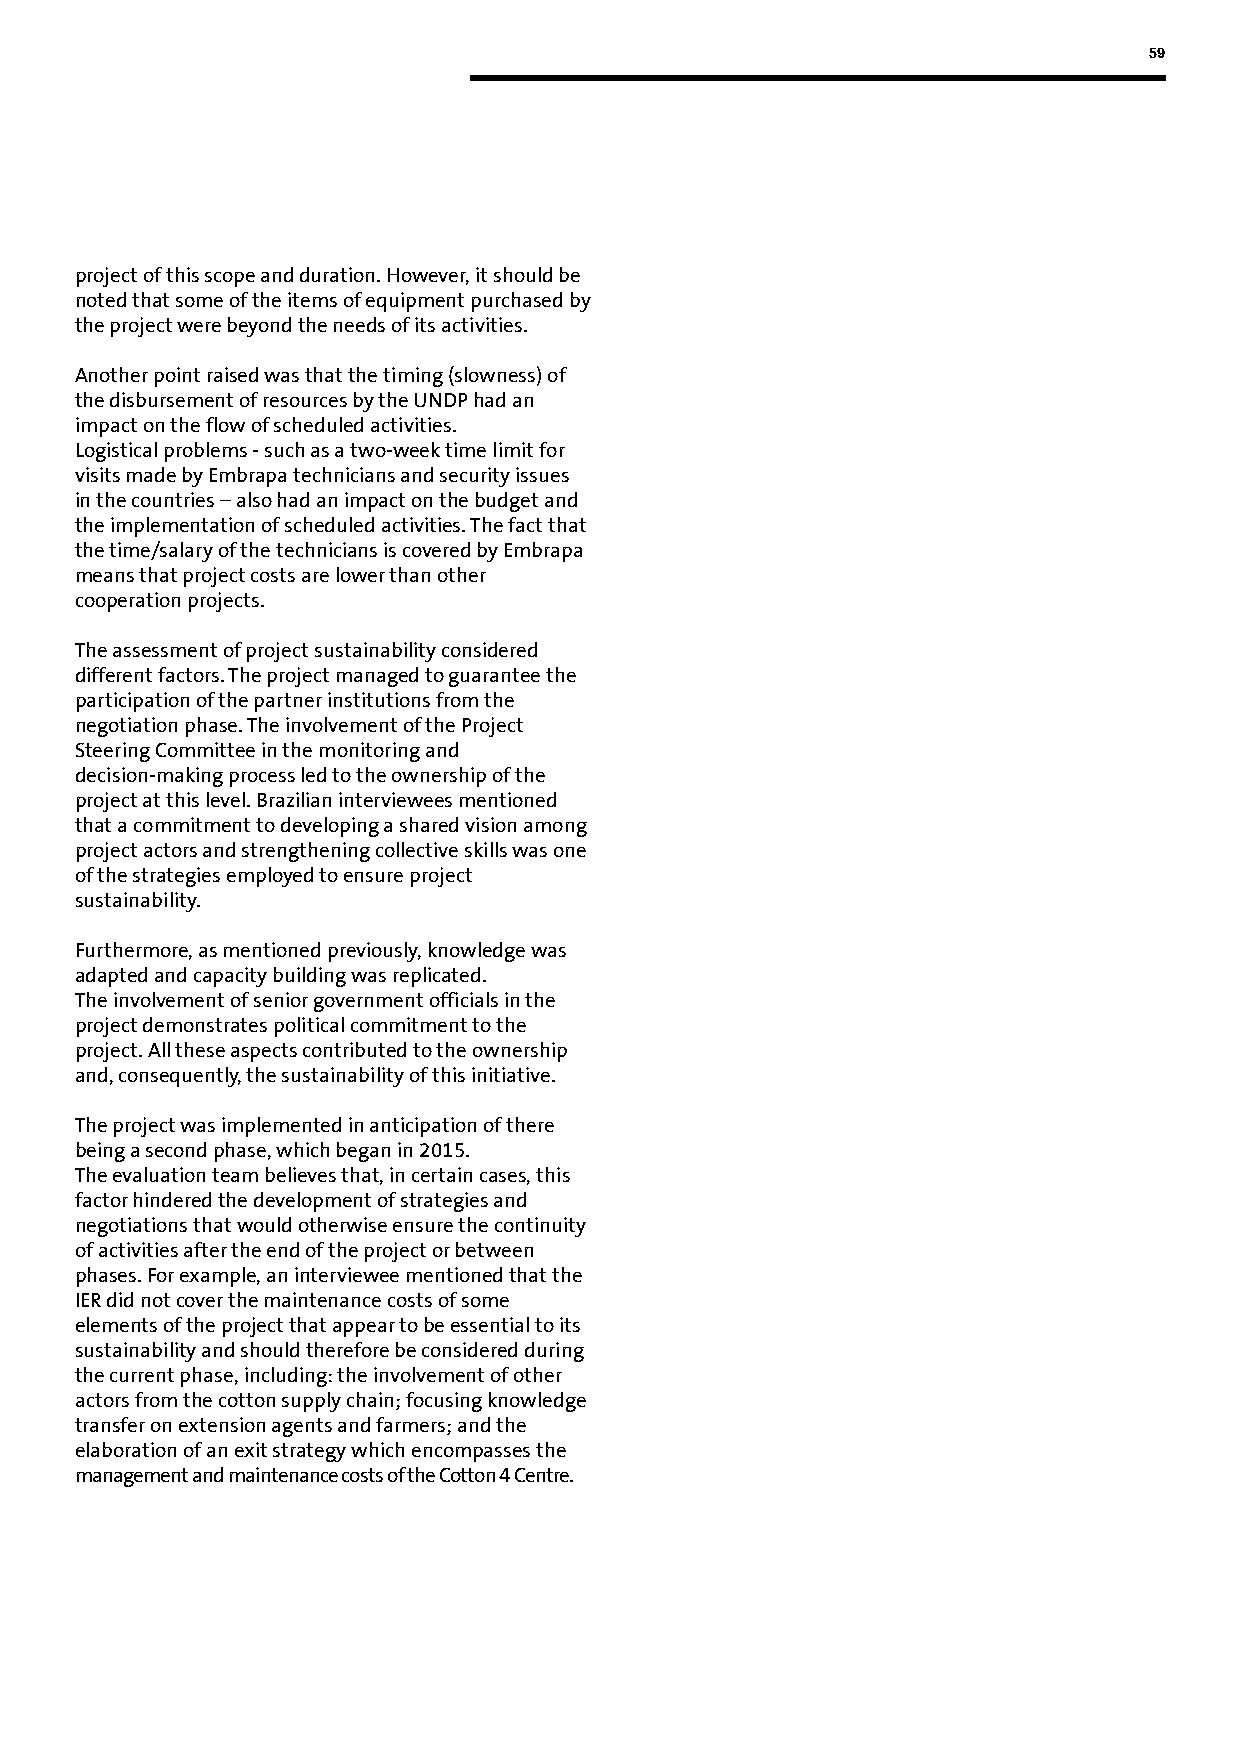
59
 project of this scope and duration. However, it should be
 noted that some of the items of equipment purchased by
 the project were beyond the needs of its activities.
 Another point raised was that the timing (slowness) of
 the disbursement of resources by the UNDP had an
 impact on the flow of scheduled activities.
 Logistical problems - such as a two-week time limit for
 visits made by Embrapa technicians and security issues
 in the countries – also had an impact on the budget and
 the implementation of scheduled activities. The fact that
 the time/salary of the technicians is covered by Embrapa
 means that project costs are lower than other
 cooperation projects.
 The assessment of project sustainability considered
 different factors. The project managed to guarantee the
 participation of the partner institutions from the
 negotiation phase. The involvement of the Project
 Steering Committee in the monitoring and
 decision-making process led to the ownership of the
 project at this level. Brazilian interviewees mentioned
 that a commitment to developing a shared vision among
 project actors and strengthening collective skills was one
 of the strategies employed to ensure project
 sustainability.
 Furthermore, as mentioned previously, knowledge was
 adapted and capacity building was replicated.
 The involvement of senior government officials in the
 project demonstrates political commitment to the
 project. All these aspects contributed to the ownership
 and, consequently, the sustainability of this initiative.
 The project was implemented in anticipation of there
 being a second phase, which began in 2015.
 The evaluation team believes that, in certain cases, this
 factor hindered the development of strategies and
 negotiations that would otherwise ensure the continuity
 of activities after the end of the project or between
 phases. For example, an interviewee mentioned that the
 IER did not cover the maintenance costs of some
 elements of the project that appear to be essential to its
 sustainability and should therefore be considered during
 the current phase, including: the involvement of other
 actors from the cotton supply chain; focusing knowledge
 transfer on extension agents and farmers; and the
 elaboration of an exit strategy which encompasses the
 management and maintenance costs of the Cotton 4 Centre.